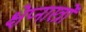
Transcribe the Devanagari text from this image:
क्षेप्नास्त्रों